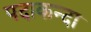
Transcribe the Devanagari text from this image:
पदाकन्दा